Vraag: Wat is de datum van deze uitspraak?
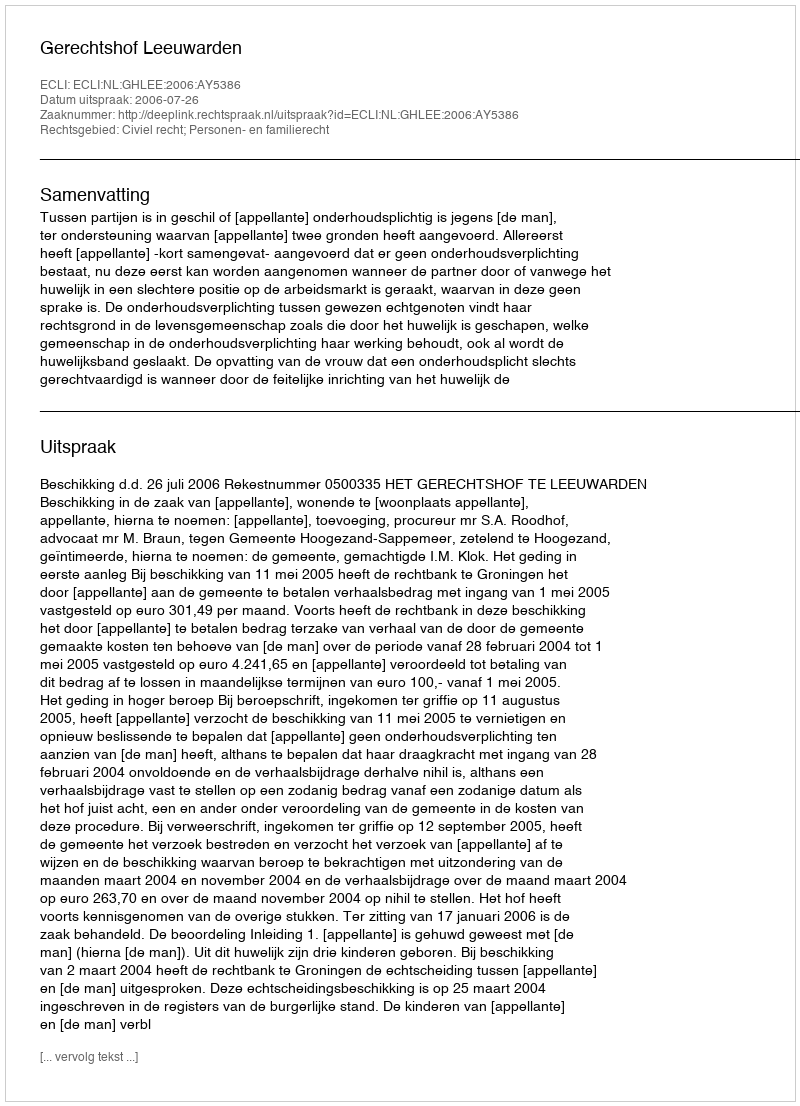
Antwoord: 2006-07-26